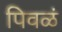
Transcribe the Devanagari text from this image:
पिवळं